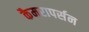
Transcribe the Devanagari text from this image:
कैमरापर्सन